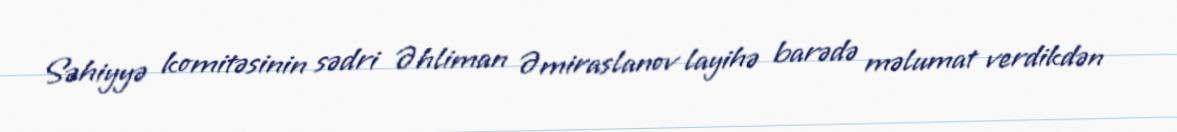
Səhiyyə komitəsinin sədri Əhliman Əmiraslanov layihə barədə məlumat verdikdən